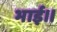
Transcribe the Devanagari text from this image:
भाई।।